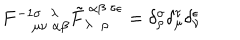
F _ { ~ \mu \nu ~ \alpha \beta } ^ { - 1 \sigma ~ ~ \lambda } \tilde { F } _ { \lambda ~ ~ \rho } ^ { ~ \alpha \beta ~ \tau \epsilon } = \delta _ { \rho } ^ { \sigma } \delta _ { \mu } ^ { \tau } \delta _ { \nu } ^ { \epsilon }